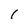
Character: 1